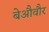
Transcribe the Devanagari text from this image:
बेऔवौर